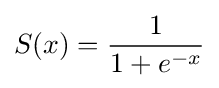
S(x)={\frac {1}{1+e^{-x}}}